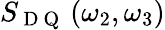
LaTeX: S_{\mathrm{~D~Q~}}\left(\omega_{2},\omega_{3}\right)